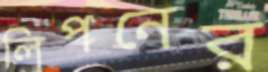
লিপনের